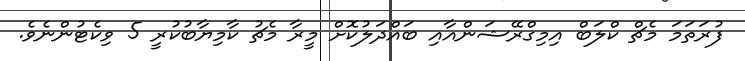
ފުރަތަމަ މެޗް ކްލަބް އިމިގްރޭޝަންއާއި ބައްދަލުކޮށް މީރާ މެޗު ކާމިޔާބުކުރީ 5 ވިކެޓުންނެވެ.